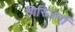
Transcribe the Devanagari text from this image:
गिरिजनों